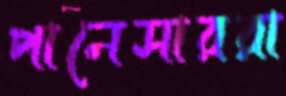
পানেসাররা